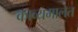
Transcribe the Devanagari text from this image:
काव्यमालेत